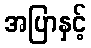
အပြာနှင့်